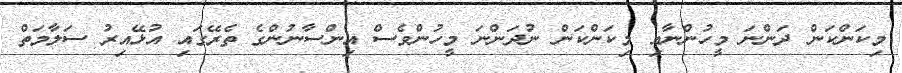
މިކަންކަން ދަންނަ މީހުންނާއި މިކަންކަން ނުދަންނަ މީހުންވެސް އިންސާނުންގެ ތެރޭގައި އުޅޭއިރު ސަލާމަތް